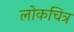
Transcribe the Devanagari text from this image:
लोकचित्र